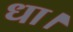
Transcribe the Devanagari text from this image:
धा।